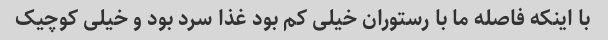
با اینکه فاصله ما با رستوران خیلی کم بود غذا سرد بود و خیلی کوچیک